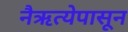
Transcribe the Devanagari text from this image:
नैऋत्येपासून